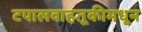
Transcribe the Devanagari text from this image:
टपालवाहतूकीमधून